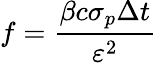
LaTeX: f=\frac{\beta c\sigma_{p}\Delta t}{\varepsilon^{2}}